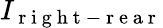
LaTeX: I_{\mathrm{~r~i~g~h~t~-~r~e~a~r~}}